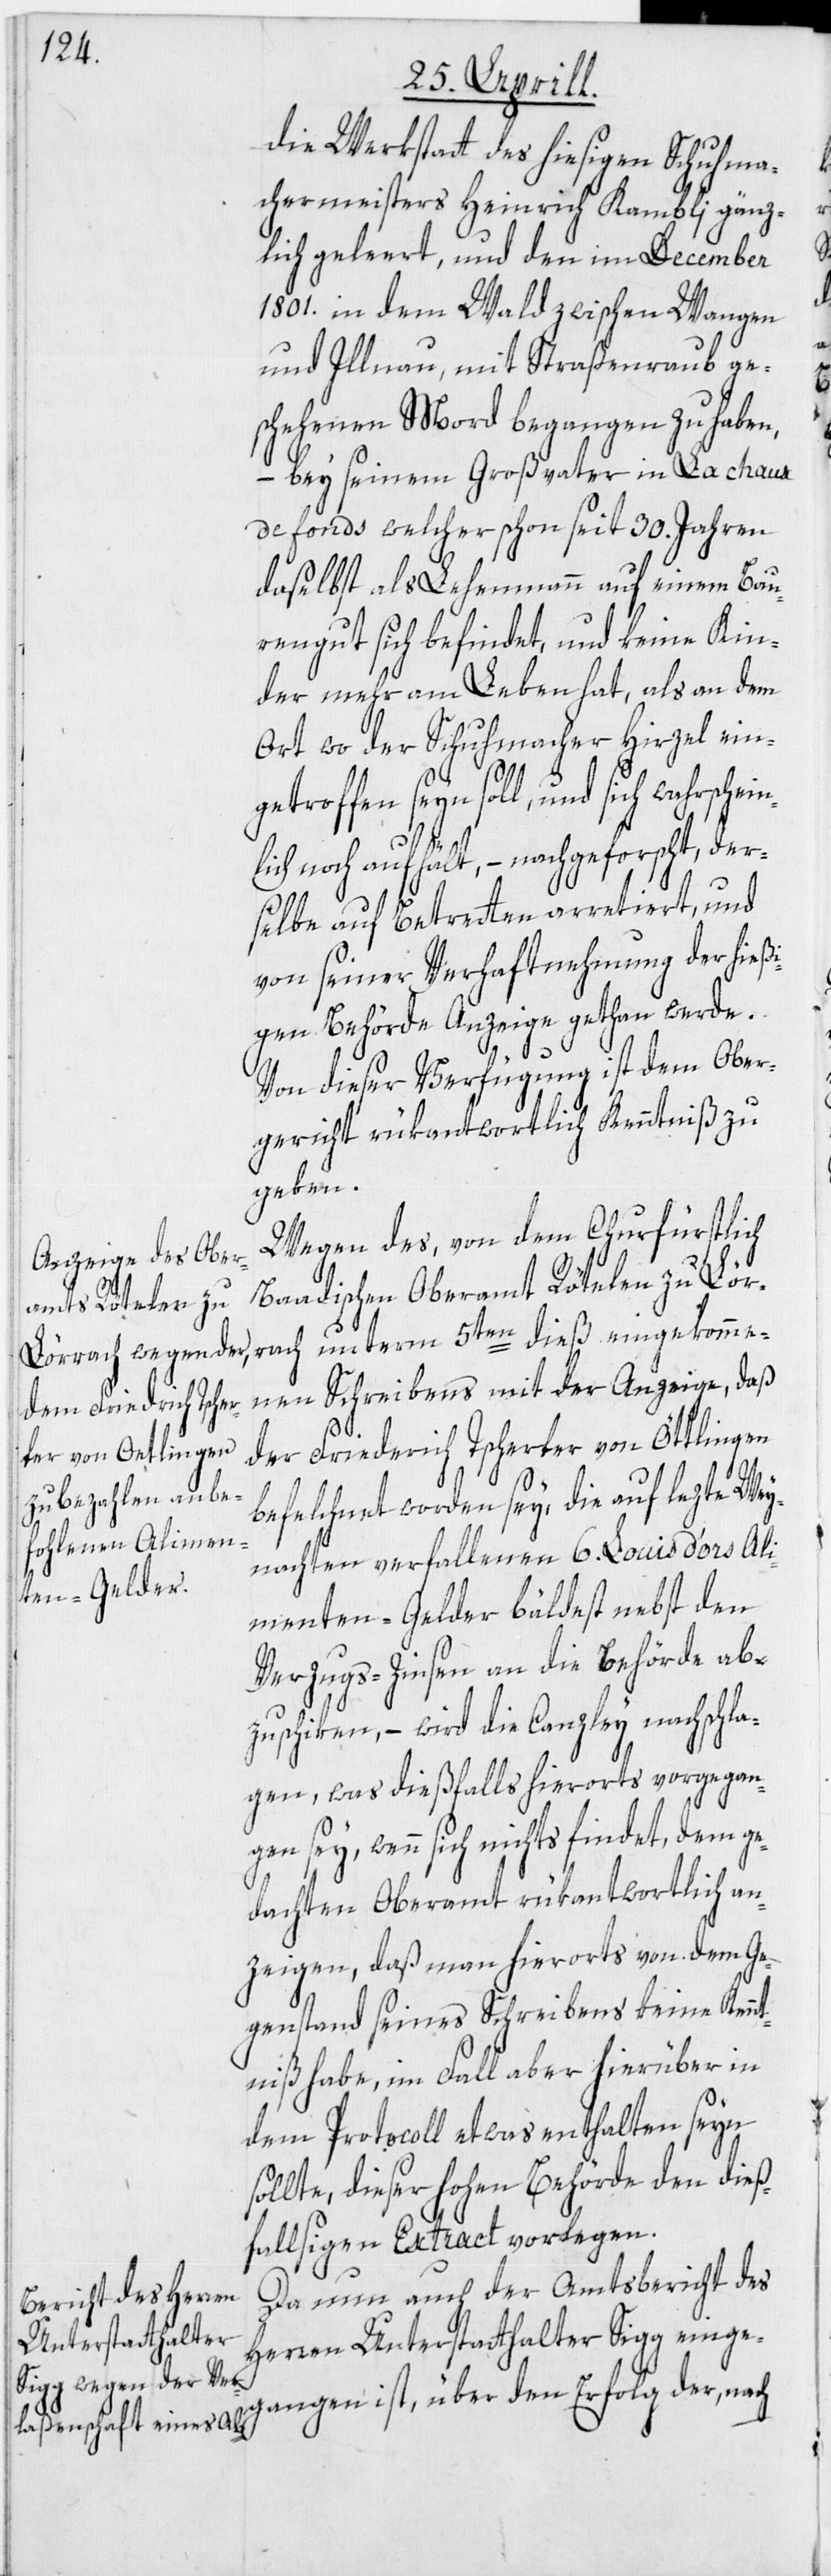
die Werkstatt des hiesigen Schuhma¬
chermeisters Heinrich Kambli gänz¬
lich geleert, und den im December
1801. in dem Wald zwischen Wangen
und Illnau, mit Straßenraub ge¬
schehenen Mord begangen zu haben,
– bey seinem Großvater in La chaux
de Fonds welcher schon seit 30. Jahren
daselbst als Lehenmann auf einem Bau¬
rengut sich befindet, und keine Kin¬
der mehr am Leben hat, als an dem
Ort wo der Schuhmacher Hirzel ein¬
getroffen seyn soll, und sich wahrschei¬
n¬
me¬
lich noch aufhält, – nachgeforscht, der¬
selbe auf Betretten arretiert, und
von seiner Verhaftnehmung der hieß¬
igen Behörde Anzeige gethan werde.
Von dieser Verfügung ist dem Ober¬
gericht rükantwortlich Kenntniß zu
geben.
Wegen des, von dem Churfürstlich
Baadischen Oberamt Rötelen zu Lör¬
nen Schreibens mit der Anzeige, daß
der Friedrich Tscherter von Öttlingen
befelchnet worden sey, die auf lezte Wey¬
nachten verfallenen 6. Louis d’ors Ali¬
menten-Gelder bäldest nebst den
Verzugs-Zinsen an die Behörde ab¬
zuschiken, – wird die Canzley nachschla¬
gen, was dießfalls hierorts vorgegan¬
gen sey, wenn sich nichts findet, dem ge¬
dachten Oberamt rükantwortlich an¬
zeigen, daß man hierorts von dem Ge¬
genstand seines Schreibens keine Kennt¬
niß habe, im Fall aber hierüber in
dem Protocoll etwas enthalten seyn
sollte, dieser hohen Behörde den dieß¬
fallsigen Extract vorlegen.
Da nun auch der Amtsbericht des
Herren Unterstatthalter Sigg einge¬
gangen ist, über den Erfolg der, nach